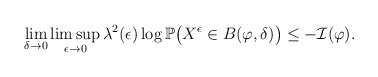
\begin{align*}\lim_{\delta\to0}\limsup_{\epsilon\to0}\lambda^2(\epsilon)\log\mathbb P\big(X^{\epsilon}\in B(\varphi,\delta)\big) \leq -\mathcal{I}(\varphi).\end{align*}